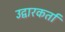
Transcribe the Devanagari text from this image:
उद्वारकर्ता